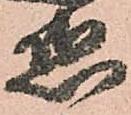
惑